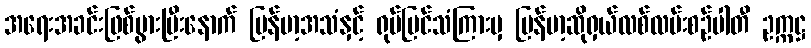
အရေးအခင်းဖြစ်ပွားပြီးနောက် မြန်မာ့အသံနှင့် ရုပ်မြင်သံကြားမှ မြန်မာ့ဆိုရှယ်လစ်လမ်းစဉ်ပါတီ ဥက္ကဋ္ဌ